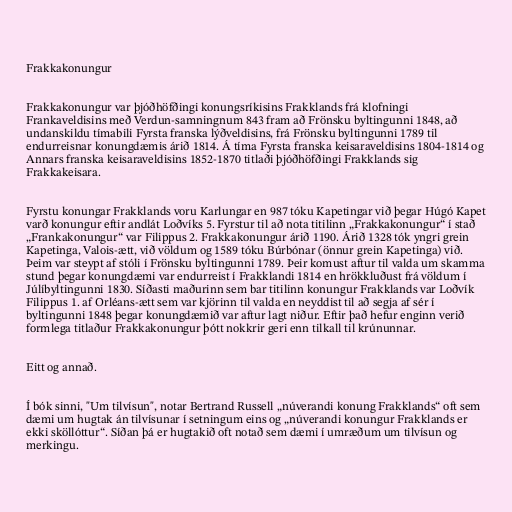
Frakkakonungur

Frakkakonungur var þjóðhöfðingi konungsríkisins Frakklands frá klofningi
Frankaveldisins með Verdun-samningnum 843 fram að Frönsku byltingunni 1848, að
undanskildu tímabili Fyrsta franska lýðveldisins, frá Frönsku byltingunni 1789 til
endurreisnar konungdæmis árið 1814. Á tíma Fyrsta franska keisaraveldisins 1804-1814 og
Annars franska keisaraveldisins 1852-1870 titlaði þjóðhöfðingi Frakklands sig
Frakkakeisara.

Fyrstu konungar Frakklands voru Karlungar en 987 tóku Kapetingar við þegar Húgó Kapet
varð konungur eftir andlát Loðvíks 5. Fyrstur til að nota titilinn „Frakkakonungur“ í stað
„Frankakonungur“ var Filippus 2. Frakkakonungur árið 1190. Árið 1328 tók yngri grein
Kapetinga, Valois-ætt, við völdum og 1589 tóku Búrbónar (önnur grein Kapetinga) við.
Þeim var steypt af stóli í Frönsku byltingunni 1789. Þeir komust aftur til valda um skamma
stund þegar konungdæmi var endurreist í Frakklandi 1814 en hrökkluðust frá völdum í
Júlíbyltingunni 1830. Síðasti maðurinn sem bar titilinn konungur Frakklands var Loðvík
Filippus 1. af Orléans-ætt sem var kjörinn til valda en neyddist til að segja af sér í
byltingunni 1848 þegar konungdæmið var aftur lagt niður. Eftir það hefur enginn verið
formlega titlaður Frakkakonungur þótt nokkrir geri enn tilkall til krúnunnar.

Eitt og annað.

Í bók sinni, "Um tilvísun", notar Bertrand Russell „núverandi konung Frakklands“ oft sem
dæmi um hugtak án tilvísunar í setningum eins og „núverandi konungur Frakklands er
ekki sköllóttur“. Síðan þá er hugtakið oft notað sem dæmi í umræðum um tilvísun og
merkingu.